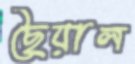
ছৈয়াল